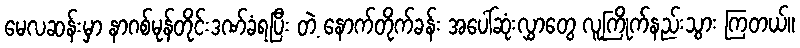
မေလဆန်းမှာ နာဂစ်မုန်တိုင်းဒဏ်ခံရပြီး တဲ့ နောက်တိုက်ခန်း အပေါ်ဆုံးလွှာတွေ လူကြိုက်နည်းသွား ကြတယ်။